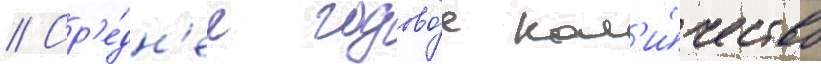
// Ср'е́дн'ее годово́е кол'и́чество